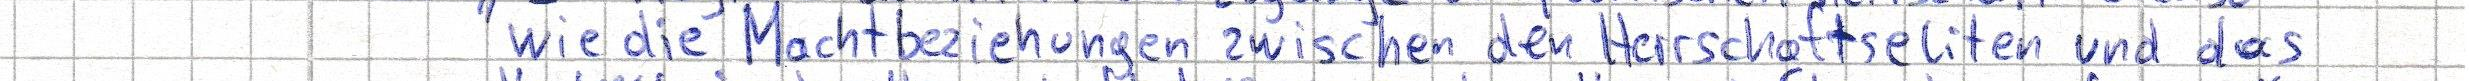
wie die Machtbeziehungen zwischen den Herrschaftseliten und das